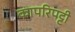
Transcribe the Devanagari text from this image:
कापरिपट्टी